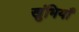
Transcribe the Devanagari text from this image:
खुंभियाँ